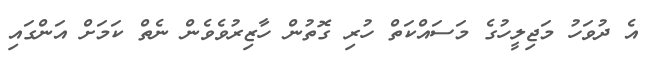
އެ ދުވަހު މަޖިލީހުގެ މަސައްކަތް ހުރި ގޮތުން ހާޒިރުވެވެން ނެތް ކަމަށް އަންގައި